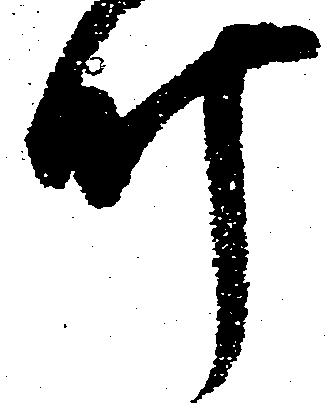
叶